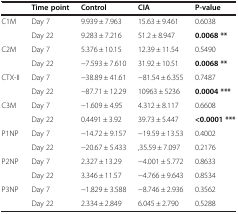
<table><thead><tr><td><b> </b></td><td><b>Time point</b></td><td><b>Control</b></td><td><b>CIA</b></td><td><b>P-value</b></td></tr></thead><tbody><tr><td rowspan="2">C1M</td><td>Day 7</td><td>9.939 ± 7.963</td><td>15.63 ± 9.461</td><td>0.6038</td></tr><tr><td>Day 22</td><td>9.283 ± 7.216</td><td>51.2 ± 8.947</td><td><b>0.0068 **</b></td></tr><tr><td rowspan="2">C2M</td><td>Day 7</td><td>5.376 ± 10.15</td><td>12.39 ± 11.54</td><td>0.5490</td></tr><tr><td>Day 22</td><td>−7.593 ± 7.610</td><td>31.92 ± 10.51</td><td><b>0.0068 **</b></td></tr><tr><td rowspan="2">CTX-II</td><td>Day 7</td><td>−38.89 ± 41.61</td><td>−81.54 ± 6.355</td><td>0.7487</td></tr><tr><td>Day 22</td><td>−87.71 ± 12.29</td><td>10963 ± 5236</td><td><b>0.0004 ***</b></td></tr><tr><td rowspan="2">C3M</td><td>Day 7</td><td>−1.609 ± 4.95</td><td>4.312 ± 8.117</td><td>0.6608</td></tr><tr><td>Day 22</td><td>0.4491 ± 3.92</td><td>39.73 ± 5.447</td><td><b>&lt;0.0001 ***</b></td></tr><tr><td rowspan="2">P1NP</td><td>Day 7</td><td>−14.72 ± 9.157</td><td>−19.59 ± 13.53</td><td>0.4002</td></tr><tr><td>Day 22</td><td>−20.67 ± 5.433</td><td>,35.59 ± 7.097</td><td>0.2176</td></tr><tr><td rowspan="2">P2NP</td><td>Day 7</td><td>2.327 ± 13.29</td><td>−4.001 ± 5.772</td><td>0.8633</td></tr><tr><td>Day 22</td><td>3.346 ± 11.57</td><td>−4.766 ± 9.643</td><td>0.8534</td></tr><tr><td rowspan="2">P3NP</td><td>Day 7</td><td>−1.829 ± 3.588</td><td>−8.746 ± 2.936</td><td>0.3562</td></tr><tr><td>Day 22</td><td>2.334 ± 2.849</td><td>6.045 ± 2.790</td><td>0.5288</td></tr></tbody></table>